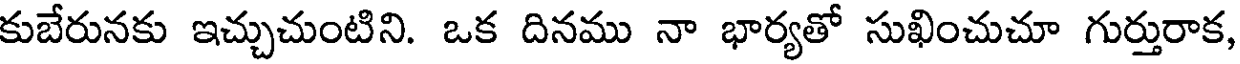
కుబేరునకు ఇచ్చుచుంటిని. ఒక దినము నా భార్యతో సుఖించుచూ గుర్తురాక,